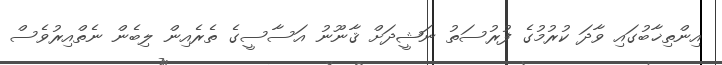
އިންތިޚާބުގައި ވާދަ ކުރުމުގެ ފުރުސަތު ނަޝީދަށް ޤާނޫނު އަސާސީގެ ތެރެއިން ލިބެން ނެތްއިރުވެސް